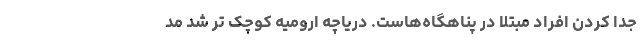
جدا کردن افراد مبتلا در پناهگاه‌هاست. دریاچه ارومیه کوچک تر شد مد